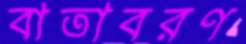
বাতাবরণ